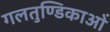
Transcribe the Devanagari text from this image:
गलतुण्डिकाओं